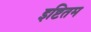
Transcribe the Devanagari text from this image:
इष्टितम